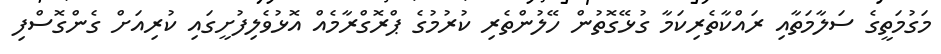
މަގުމަތީގެ ސަލާމަތާއި ރައްކާތެރިކަމާ ގުޅޭގޮތުން ހޭލުންތެރި ކުރުމުގެ ޕްރޮގްރާމެއް އޮޅުވެލިފުށީގައި ކުރިއަށް ގެންގޮސްފި